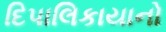
દિપાલિકાયાનો